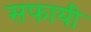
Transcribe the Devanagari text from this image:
सफायी